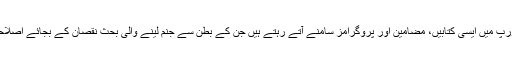
آئے دن امریکہ اور یورپ میں ایسی کتابیں، مضامین اور پروگرامز سامنے آتے رہتے ہیں جن کے بطن سے جنم لینے والی بحث نقصان کے بجائے اصلاحات کا باعث بنتی ہے۔